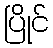
ပြိုင်